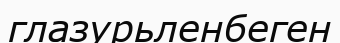
глазурьленбеген